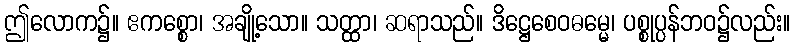
ဤလောက၌။ ဧကစ္စော၊ အချို့သော။ သတ္ထာ၊ ဆရာသည်။ ဒိဋ္ဌေစေဝဓမ္မေ၊ ပစ္စုပ္ပန်ဘဝ၌လည်း။